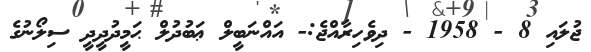
ޖުލައި 8 - 1958 - ދިވެހިރާއްޖެ:- އައްނަބީލް ޢަބުދުލް ޙަމީދުދީދީ ސިލޯނުގެ